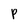
Character: P